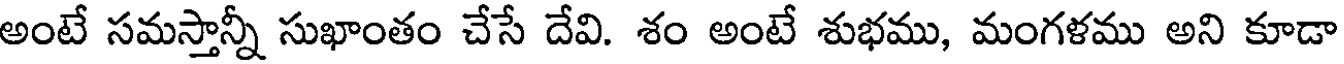
అంటే సమస్తాన్నీ సుఖాంతం చేసే దేవి. శం అంటే శుభము, మంగళము అని కూడా